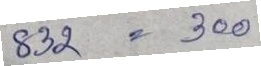
832 = 130